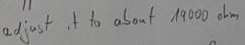
Text: adjust it to about 19000Ω